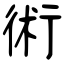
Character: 術